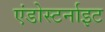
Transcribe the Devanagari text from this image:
एंडोस्टर्नाइट